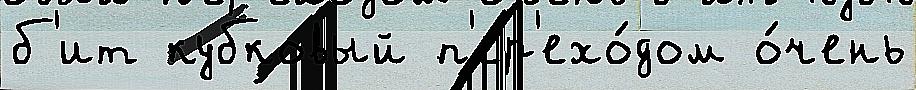
б'ит кубковый п'ер'ехо́дом о́чень